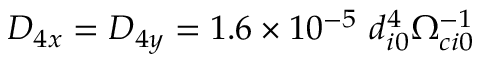
D _ { 4 x } = D _ { 4 y } = 1 . 6 \times 1 0 ^ { - 5 } \ d _ { i 0 } ^ { 4 } \Omega _ { c i 0 } ^ { - 1 }